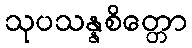
သုပသန္နစိတ္တော